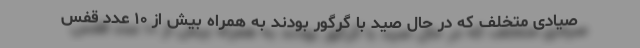
صیادی متخلف که در حال صید با گرگور بودند به همراه بیش از ۱۰ عدد قفس